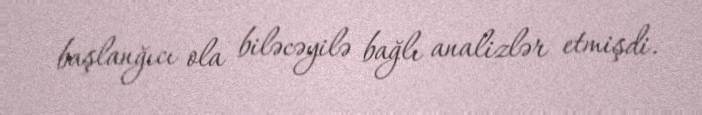
başlanğıcı ola biləcəyilə bağlı analizlər etmişdi.